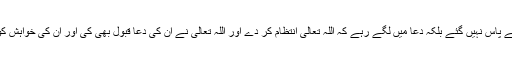
کسی انسان کے پاس نہیں گئے بلکہ دعا میں لگے رہے کہ اللہ تعالیٰ انتظام کر دے اور اللہ تعالیٰ نے اُن کی دعا قبول بھی کی اور اُن کی خواہش کو پورا فرمایا۔